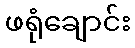
ဖရုံချောင်း